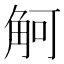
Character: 𲁚